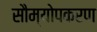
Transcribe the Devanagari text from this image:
सौम्योपकरण